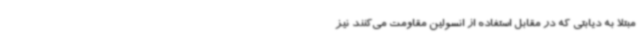
مبتلا به دیابتی که در مقابل استفاده از انسولین مقاومت می‌کنند نیز